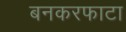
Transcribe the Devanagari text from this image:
बनकरफाटा